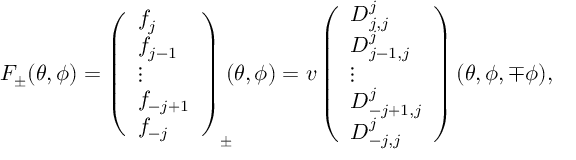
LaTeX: F _ { \pm } ( \theta , \phi ) = \left( \begin{array} { l } { { f _ { j } } } \\ { { f _ { j - 1 } } } \\ { { \vdots } } \\ { { f _ { - j + 1 } } } \\ { { f _ { - j } } } \end{array} \right) _ { \pm } \! \! \! ( \theta , \phi ) = v \left( \begin{array} { l } { { D _ { j , j } ^ { j } } } \\ { { D _ { j - 1 , j } ^ { j } } } \\ { { \vdots } } \\ { { D _ { - j + 1 , j } ^ { j } } } \\ { { D _ { - j , j } ^ { j } } } \end{array} \right) ( \theta , \phi , \mp \phi ) ,